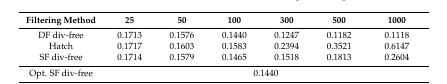
| Filtering Method | 25 | 50 | 100 | 300 | 500 | 1000 |
 | --- | --- | --- | --- | --- | --- | --- |
 | DF div-free | 0.1713 | 0.1576 | 0.1440 | 0.1247 | 0.1182 | 0.1118 |
 | Hatch | 0.1717 | 0.1603 | 0.1583 | 0.2394 | 0.3521 | 0.6147 |
 | SF div-free | 0.1714 | 0.1579 | 0.1465 | 0.1518 | 0.1813 | 0.2604 |
 | Opt. SF div-free | <COLSPAN=6> 0.1440 |